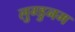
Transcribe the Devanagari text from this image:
लुग्डुनम